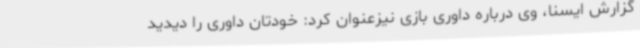
گزارش ایسنا، وی درباره داوری بازی نیزعنوان کرد: خودتان داوری را دیدید